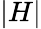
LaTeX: \lvert H\rvert